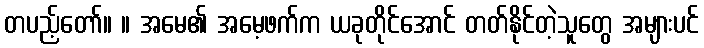
တပည့်တော်။ ။ အမေ၏ အမေ့ဖက်က ယခုတိုင်အောင် တတ်နိုင်တဲ့သူတွေ အများပင်